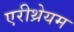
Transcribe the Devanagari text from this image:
एरीथ्रेयम